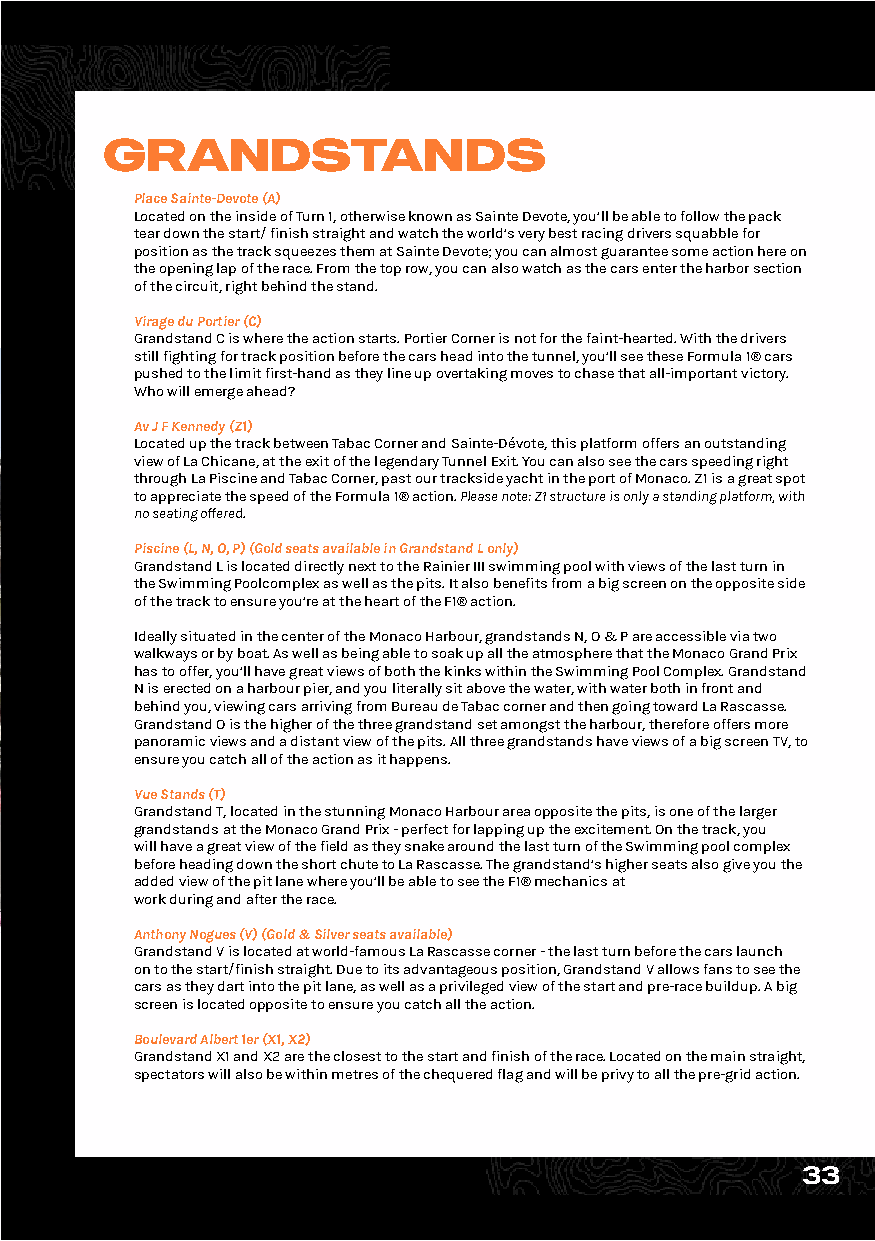
GRANDSTANDS
 Place Sainte-Devote (A)
 Located on the inside of Turn 1, otherwise known as Sainte Devote, you’ll be able to follow the pack
 tear down the start/ finish straight and watch the world’s very best racing drivers squabble for
 position as the track squeezes them at Sainte Devote; you can almost guarantee some action here on
 the opening lap of the race. From the top row, you can also watch as the cars enter the harbor section
 of the circuit, right behind the stand.
 Virage du Portier (C)
 Grandstand C is where the action starts. Portier Corner is not for the faint-hearted. With the drivers
 still fighting for track position before the cars head into the tunnel, you’ll see these Formula 1® cars
 pushed to the limit first-hand as they line up overtaking moves to chase that all-important victory.
 Who will emerge ahead?
 Av J F Kennedy (Z1)
 Located up the track between Tabac Corner and Sainte-Dévote, this platform offers an outstanding
 view of La Chicane, at the exit of the legendary Tunnel Exit. You can also see the cars speeding right
 through La Piscine and Tabac Corner, past our trackside yacht in the port of Monaco. Z1 is a great spot
 to appreciate the speed of the Formula 1® action. Please note: Z1 structure is only a standing platform, with
 no seating offered.
 Piscine (L, N, O, P) (Gold seats available in Grandstand L only)
 Grandstand L is located directly next to the Rainier III swimming pool with views of the last turn in
 the Swimming Poolcomplex as well as the pits. It also benefits from a big screen on the opposite side
 of the track to ensure you’re at the heart of the F1® action.
 Ideally situated in the center of the Monaco Harbour, grandstands N, O & P are accessible via two
 walkways or by boat. As well as being able to soak up all the atmosphere that the Monaco Grand Prix
 has to offer, you’ll have great views of both the kinks within the Swimming Pool Complex. Grandstand
 N is erected on a harbour pier, and you literally sit above the water, with water both in front and
 behind you, viewing cars arriving from Bureau de Tabac corner and then going toward La Rascasse.
 Grandstand O is the higher of the three grandstand set amongst the harbour, therefore offers more
 panoramic views and a distant view of the pits. All three grandstands have views of a big screen TV, to
 ensure you catch all of the action as it happens.
 Vue Stands (T)
 Grandstand T, located in the stunning Monaco Harbour area opposite the pits, is one of the larger
 grandstands at the Monaco Grand Prix - perfect for lapping up the excitement. On the track, you
 will have a great view of the field as they snake around the last turn of the Swimming pool complex
 before heading down the short chute to La Rascasse. The grandstand’s higher seats also give you the
 added view of the pit lane where you’ll be able to see the F1® mechanics at
 work during and after the race.
 Anthony Nogues (V) (Gold & Silver seats available)
 Grandstand V is located at world-famous La Rascasse corner - the last turn before the cars launch
 on to the start/finish straight. Due to its advantageous position, Grandstand V allows fans to see the
 cars as they dart into the pit lane, as well as a privileged view of the start and pre-race buildup. A big
 screen is located opposite to ensure you catch all the action.
 Boulevard Albert 1er (X1, X2)
 Grandstand X1 and X2 are the closest to the start and finish of the race. Located on the main straight,
 spectators will also be within metres of the chequered flag and will be privy to all the pre-grid action.
 33